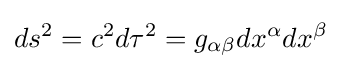
ds^{2}=c^{2}d\tau ^{2}=g_{\alpha \beta }dx^{\alpha }dx^{\beta }